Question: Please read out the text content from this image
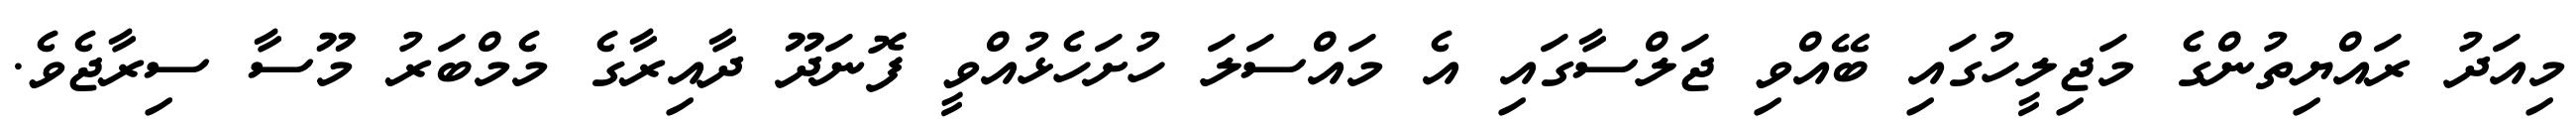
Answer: މިއަދު ރައްޔިތުންގެ މަޖިލީހުގައި ބޭއްވި ޖަލްސާގައި އެ މައްސަލަ ހުށަހެޅުއްވީ ފޮނަދޫ ދާއިރާގެ މެމްބަރު މޫސާ ސިރާޖެވެ.